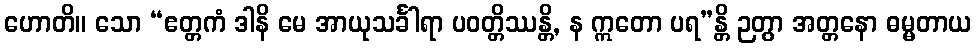
ဟောတိ။ သော “ဧတ္တကံ ဒါနိ မေ အာယုသင်္ခါရာ ပဝတ္တိဿန္တိ, န ဣတော ပရ”န္တိ ဉတွာ အတ္တနော ဓမ္မတာယ